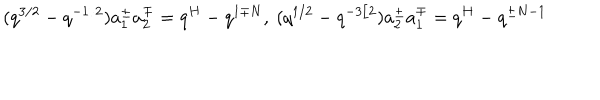
LaTeX: ( q ^ { 3 / 2 } - q ^ { - 1 / 2 } ) a _ { 1 } ^ { \pm } a _ { 2 } ^ { \mp } = q ^ { H } - q ^ { 1 \mp N } , \ ( q ^ { 1 / 2 } - q ^ { - 3 / 2 } ) a _ { 2 } ^ { \pm } a _ { 1 } ^ { \mp } = q ^ { H } - q ^ { \pm N - 1 }